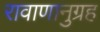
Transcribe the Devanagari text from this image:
रावाणानुग्रह